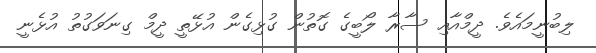
ލިބުނީމައެވެ. ދީމްއާއި ސާރާ ލޯބީގެ ގޮތުން ގުޅިގެން އުޅޭތީ ދީމް ގިނަވަގުތު އުޅެނީ